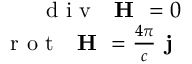
\begin{array} { r } { \textrm { d i v } \ \textbf { H } = 0 } \\ { \textrm { r o t } \ \textbf { H } = \frac { 4 \pi } { c } \textbf { j } } \end{array}